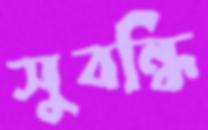
সুবন্ধি